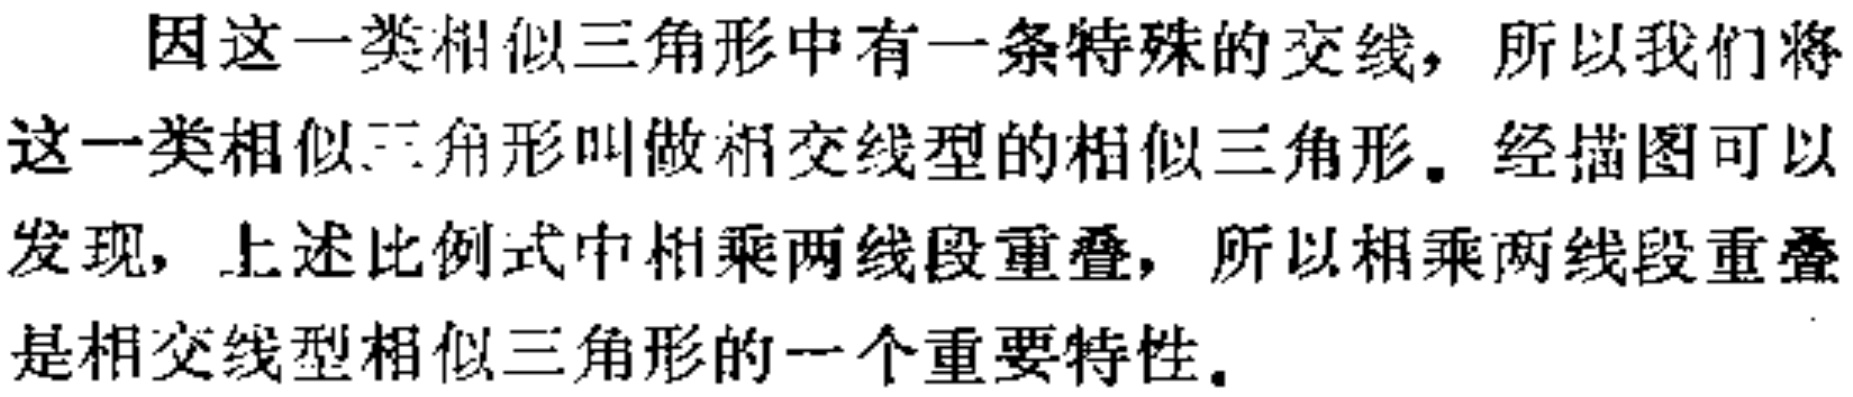
因这一类相似三角形中有一条特殊的交线，所以我们将这一类相似三角形叫做相交线型的相似三角形。经描图可以发现，上述比例式中相乘两线段重叠，所以相乘两线段重叠是相交线型相似三角形的一个重要特性。